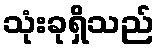
သုံးခုရှိသည်